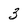
Character: 3